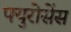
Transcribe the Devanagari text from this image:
फ्युरोसेंस